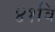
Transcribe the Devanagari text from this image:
४१वि